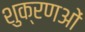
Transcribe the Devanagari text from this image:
शुक्रणओं